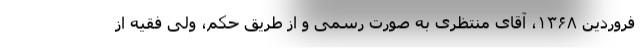
فروردین ۱۳۶۸، آقای منتظری به صورت رسمی و از طریق حکم، ولی فقیه از